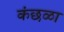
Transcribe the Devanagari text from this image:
कंछळा